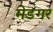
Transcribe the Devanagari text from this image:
मेडगर